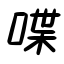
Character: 喋